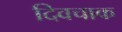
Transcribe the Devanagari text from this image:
दिवचाक